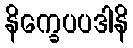
နိက္ခေပပဒါနိ